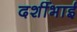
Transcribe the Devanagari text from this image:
दर्शीभाई